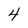
Character: 4